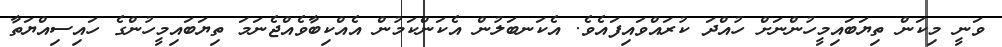
ވަނީ މިކަން ތިޔަބައިމީހުންނަށް ހުއްދަ ކުރައްވައިފައެވެ. އެކަނބަލުން އެކަންކަމުން އެއްކިބާވެއްޖެނަމަ ތިޔަބައިމީހުންގެ ހައިސިއްޔަތާ